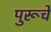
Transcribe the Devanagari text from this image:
पुरूचे